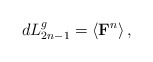
\begin{align*}dL_{2n-1}^{g}=\left\langle \mbox{{\bf F}}^{n}\right\rangle , \end{align*}